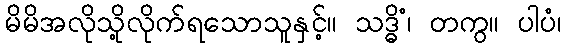
မိမိအလိုသို့လိုက်ရသောသူနှင့်။ သဒ္ဓိံ၊ တကွ။ ပါပံ၊